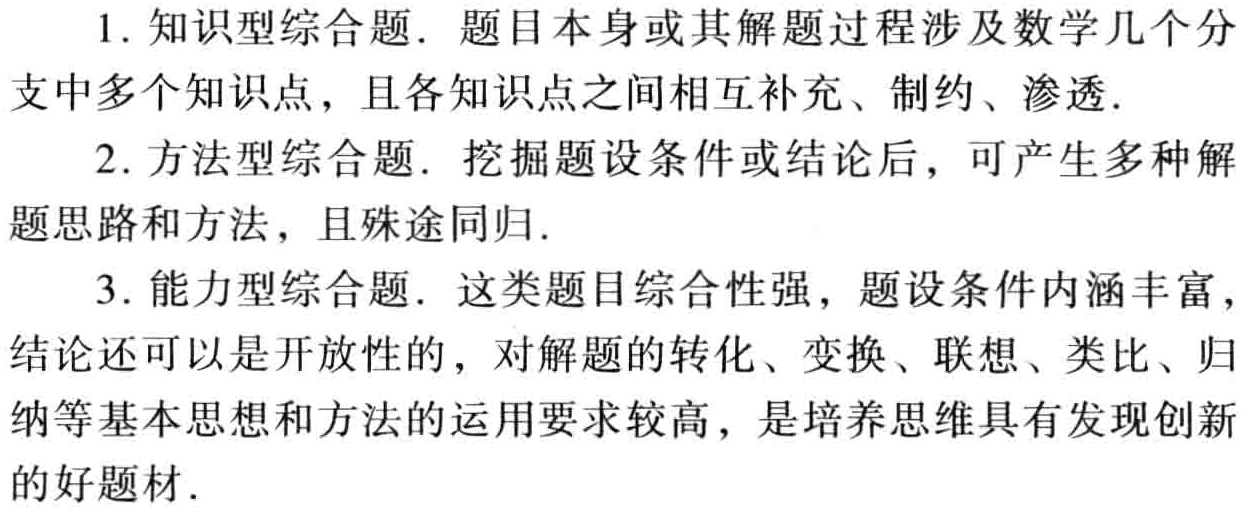
1. 知识型综合题. 题目本身或其解题过程涉及数学几个分
支中多个知识点，且各知识点之间相互补充、制约、渗透.

2. 方法型综合题. 挖掘题设条件或结论后，可产生多种解
题思路和方法，且殊途同归.

3. 能力型综合题. 这类题目综合性强，题设条件内涵丰富，
结论还可以是开放性的，对解题的转化、变换、联想、类比、归
纳等基本思想和方法的运用要求较高，是培养思维具有发现创新
的好题材.